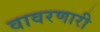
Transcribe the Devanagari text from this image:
वावरणारी